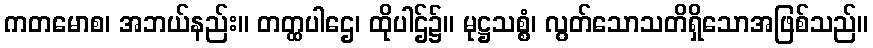
ကတမောစ၊ အဘယ်နည်း။ တတ္ထပါဌေ၊ ထိုပါဌ်၌။ မုဋ္ဌသစ္စံ၊ လွတ်သောသတိရှိသောအဖြစ်သည်။